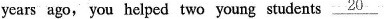
years ago, you helped two young students \underline{20}